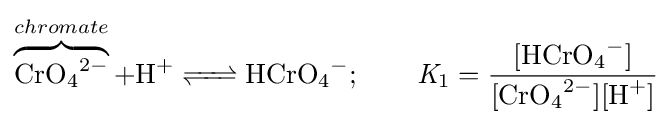
\overbrace {{\ce {CrO4^2-}}} ^{chromate}+{\ce {H+ <=> HCrO4^-}};\qquad {\mathit {K}}_{1}={\frac {[{\ce {HCrO4^-}}]}{{\ce {[CrO4^{2\!-}][H+]}}}}